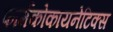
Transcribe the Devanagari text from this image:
फार्मकोकायनेटिक्स